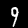
Digit: 9